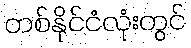
တစ်နိုင်ငံလုံးတွင်